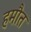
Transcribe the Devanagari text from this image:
हमौत